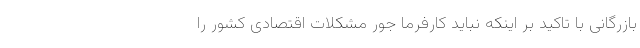
بازرگانی با تاکید بر اینکه نباید کارفرما جور مشکلات اقتصادی کشور را